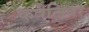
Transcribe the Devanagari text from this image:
कवैलियर